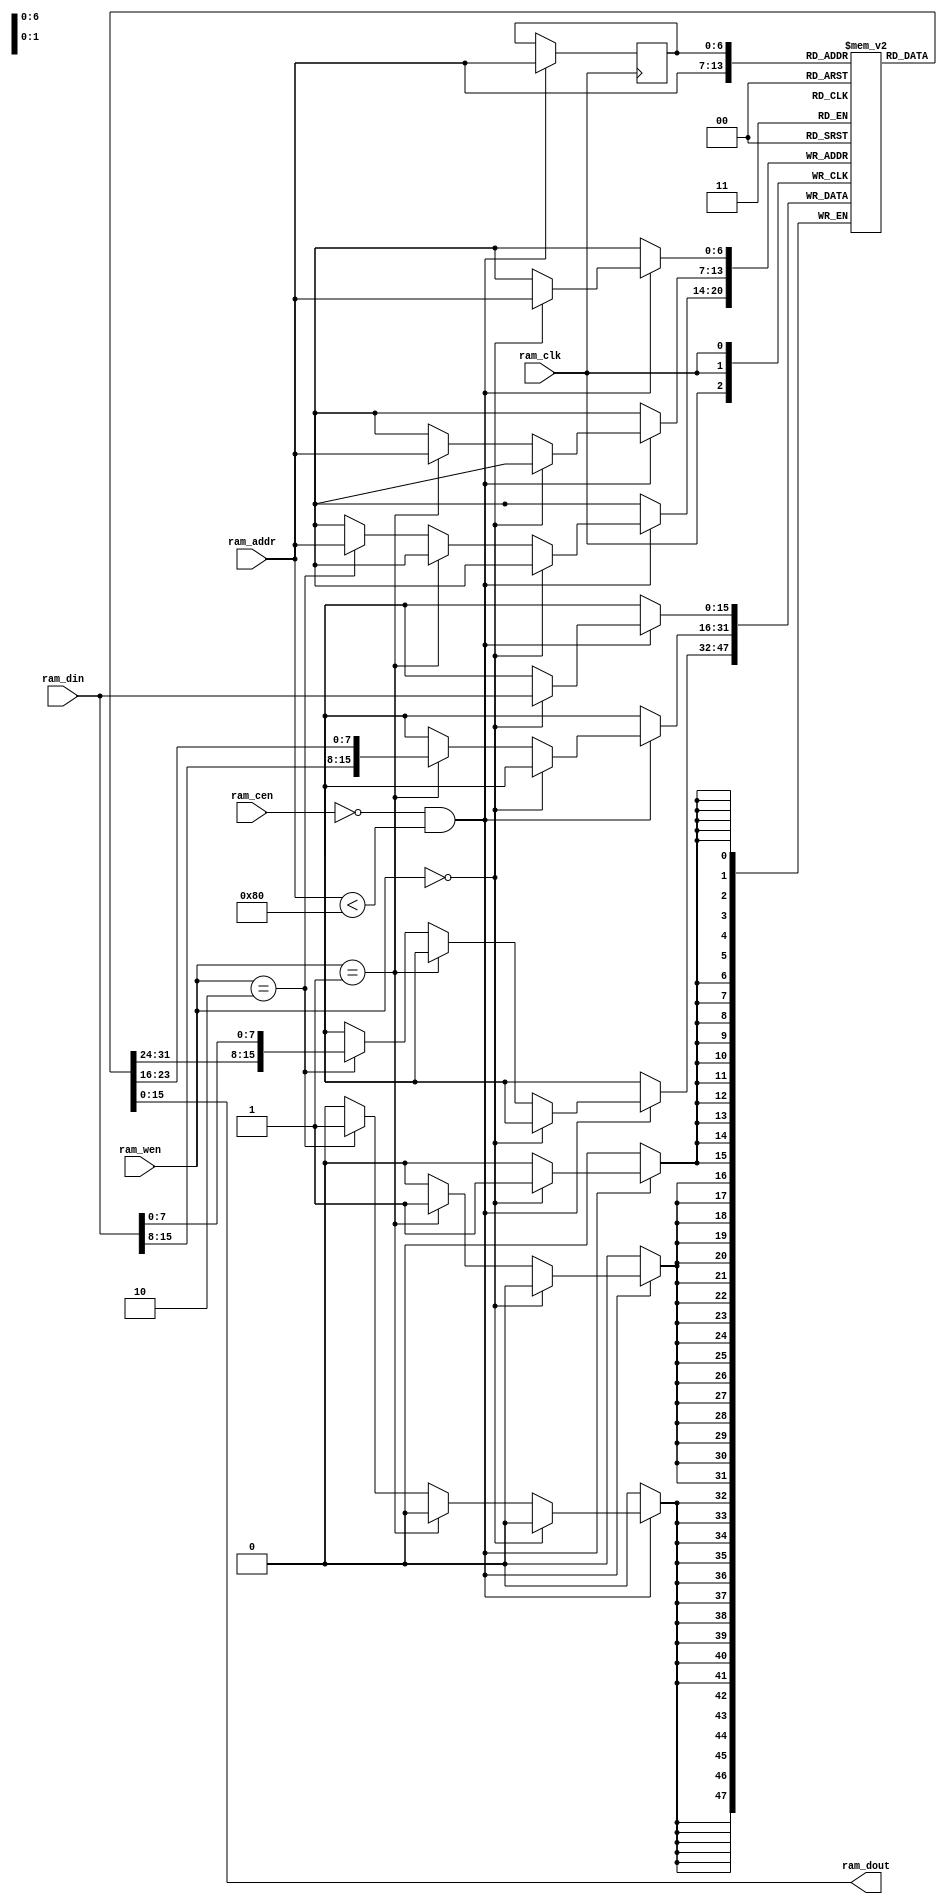
//----------------------------------------------------------------------------
// Copyright (C) 2001 Authors
//
// This source file may be used and distributed without restriction provided
// that this copyright statement is not removed from the file and that any
// derivative work contains the original copyright notice and the associated
// disclaimer.
//
// This source file is free software; you can redistribute it and/or modify
// it under the terms of the GNU Lesser General Public License as published
// by the Free Software Foundation; either version 2.1 of the License, or
// (at your option) any later version.
//
// This source is distributed in the hope that it will be useful, but WITHOUT
// ANY WARRANTY; without even the implied warranty of MERCHANTABILITY or
// FITNESS FOR A PARTICULAR PURPOSE. See the GNU Lesser General Public
// License for more details.
//
// You should have received a copy of the GNU Lesser General Public License
// along with this source; if not, write to the Free Software Foundation,
// Inc., 51 Franklin Street, Fifth Floor, Boston, MA  02110-1301  USA
//
//----------------------------------------------------------------------------
// 
// *File Name: ram.v
// 
// *Module Description:
//                      Scalable RAM model
//
// *Author(s):
//              - Olivier Girard,    olgirard@gmail.com
//
//----------------------------------------------------------------------------
// $Rev$
// $LastChangedBy$
// $LastChangedDate$
//----------------------------------------------------------------------------

module ram (

// OUTPUTs
    ram_dout,                      // RAM data output

// INPUTs
    ram_addr,                      // RAM address
    ram_cen,                       // RAM chip enable (low active)
    ram_clk,                       // RAM clock
    ram_din,                       // RAM data input
    ram_wen                        // RAM write enable (low active)
);

// PARAMETERs
//============
parameter ADDR_MSB   =  6;         // MSB of the address bus
parameter MEM_SIZE   =  256;       // Memory size in bytes

// OUTPUTs
//============
output      [15:0] ram_dout;       // RAM data output

// INPUTs
//============
input [ADDR_MSB:0] ram_addr;       // RAM address
input              ram_cen;        // RAM chip enable (low active)
input              ram_clk;        // RAM clock
input       [15:0] ram_din;        // RAM data input
input        [1:0] ram_wen;        // RAM write enable (low active)


// RAM
//============

reg         [15:0] mem [0:(MEM_SIZE/2)-1];
reg   [ADDR_MSB:0] ram_addr_reg;

wire        [15:0] mem_val = mem[ram_addr];
   
  
always @(posedge ram_clk)
  if (~ram_cen & ram_addr<(MEM_SIZE/2))
    begin
      if      (ram_wen==2'b00) mem[ram_addr] <= ram_din;
      else if (ram_wen==2'b01) mem[ram_addr] <= {ram_din[15:8], mem_val[7:0]};
      else if (ram_wen==2'b10) mem[ram_addr] <= {mem_val[15:8], ram_din[7:0]};
      ram_addr_reg <= ram_addr;
    end

assign ram_dout = mem[ram_addr_reg];

integer i;
initial
begin
    for (i = 0; i < MEM_SIZE/2-1; i = i + 1)
        mem[i] = 16'h0;
end

endmodule // ram